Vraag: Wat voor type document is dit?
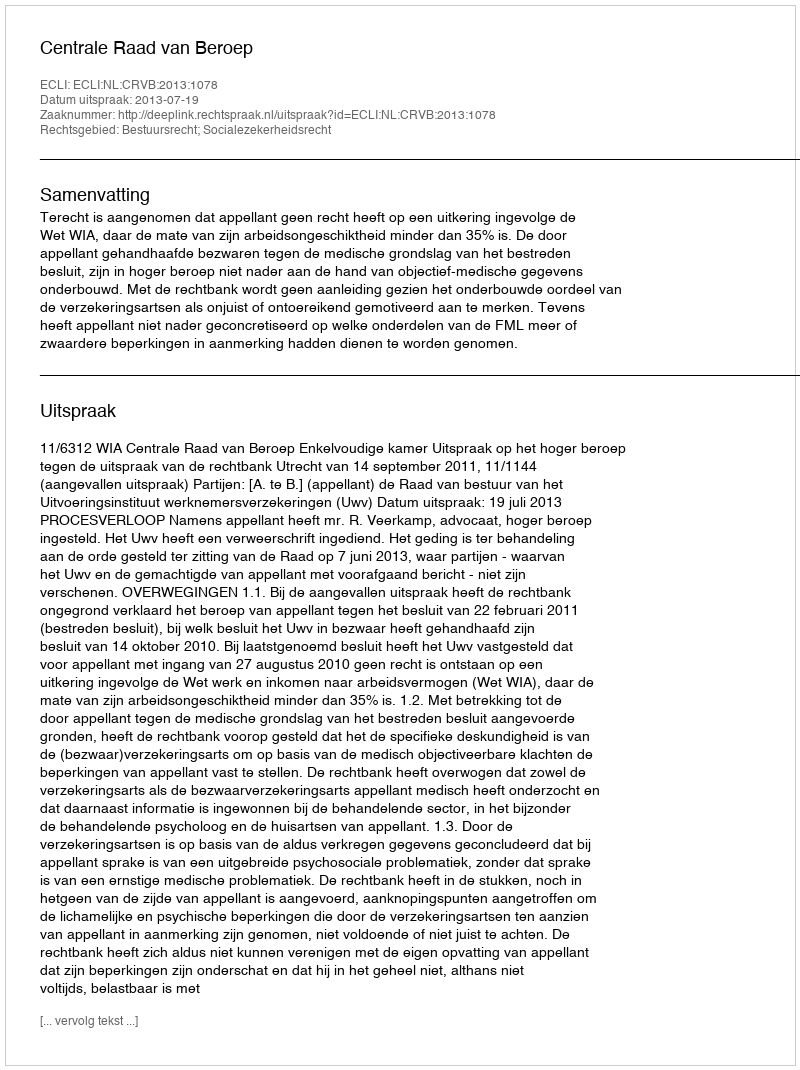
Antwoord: Uitspraak